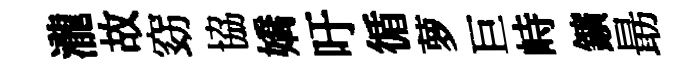
瀧故窈協嬌吁循萝巨峙鑛朂